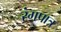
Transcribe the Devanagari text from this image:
रंगपात्र